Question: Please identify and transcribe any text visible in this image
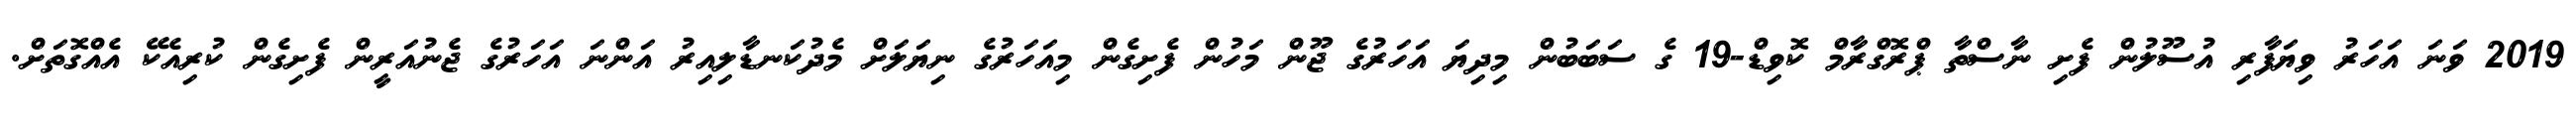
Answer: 2019 ވަނަ އަހަރު ވިޔަފާރި އުސޫލުން ފެށި ނާސްތާ ޕްރޮގްރާމް ކޮވިޑް-19 ގެ ސަބަބުން މިދިޔަ އަހަރުގެ ޖޫން މަހުން ފެށިގެން މިއަހަރުގެ ނިޔަލަށް މެދުކަނޑާލިއިރު އަންނަ އަހަރުގެ ޖެނުއަރީން ފެށިގެން ކުރިއެކޭ އެއްގޮތަށް.